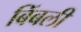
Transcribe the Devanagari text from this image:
बिंबली